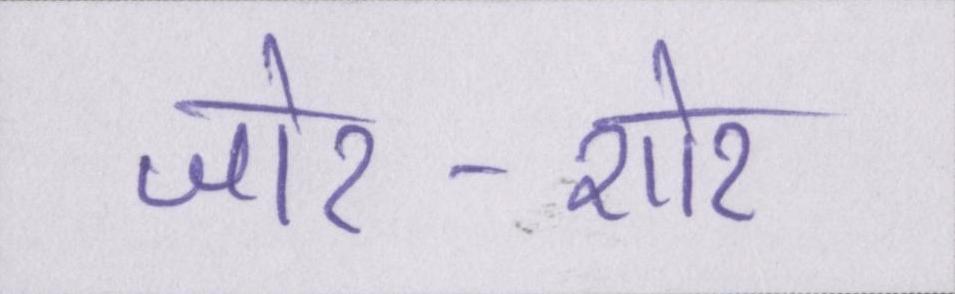
जोर-शोर